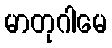
မာတုဂါမေ